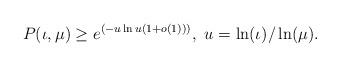
LaTeX: \begin{align*}P(\iota,\mu)\geq e^{\left( -u \ln u (1+o(1))\right)},\ u = \ln(\iota) / \ln(\mu).\end{align*}